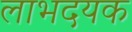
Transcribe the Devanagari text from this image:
लाभदयक